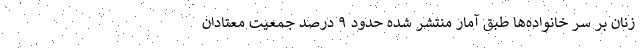
زنان بر سر خانواده‌ها طبق آمار منتشر شده حدود ۹ درصد جمعیت معتادان